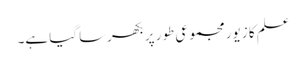
علم کا زیور مجموعی طور پر بکھرسا گیا ہے۔